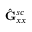
\hat { \mathbf { G } } _ { x x } ^ { s c }